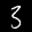
Label: 3